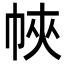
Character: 𢂿